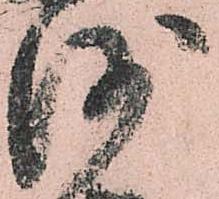
沙